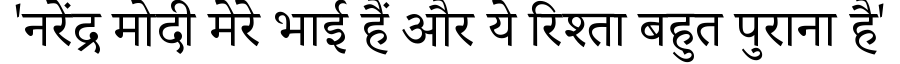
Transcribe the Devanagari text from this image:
'नरेंद्र मोदी मेरे भाई हैं और ये रिश्ता बहुत पुराना है'